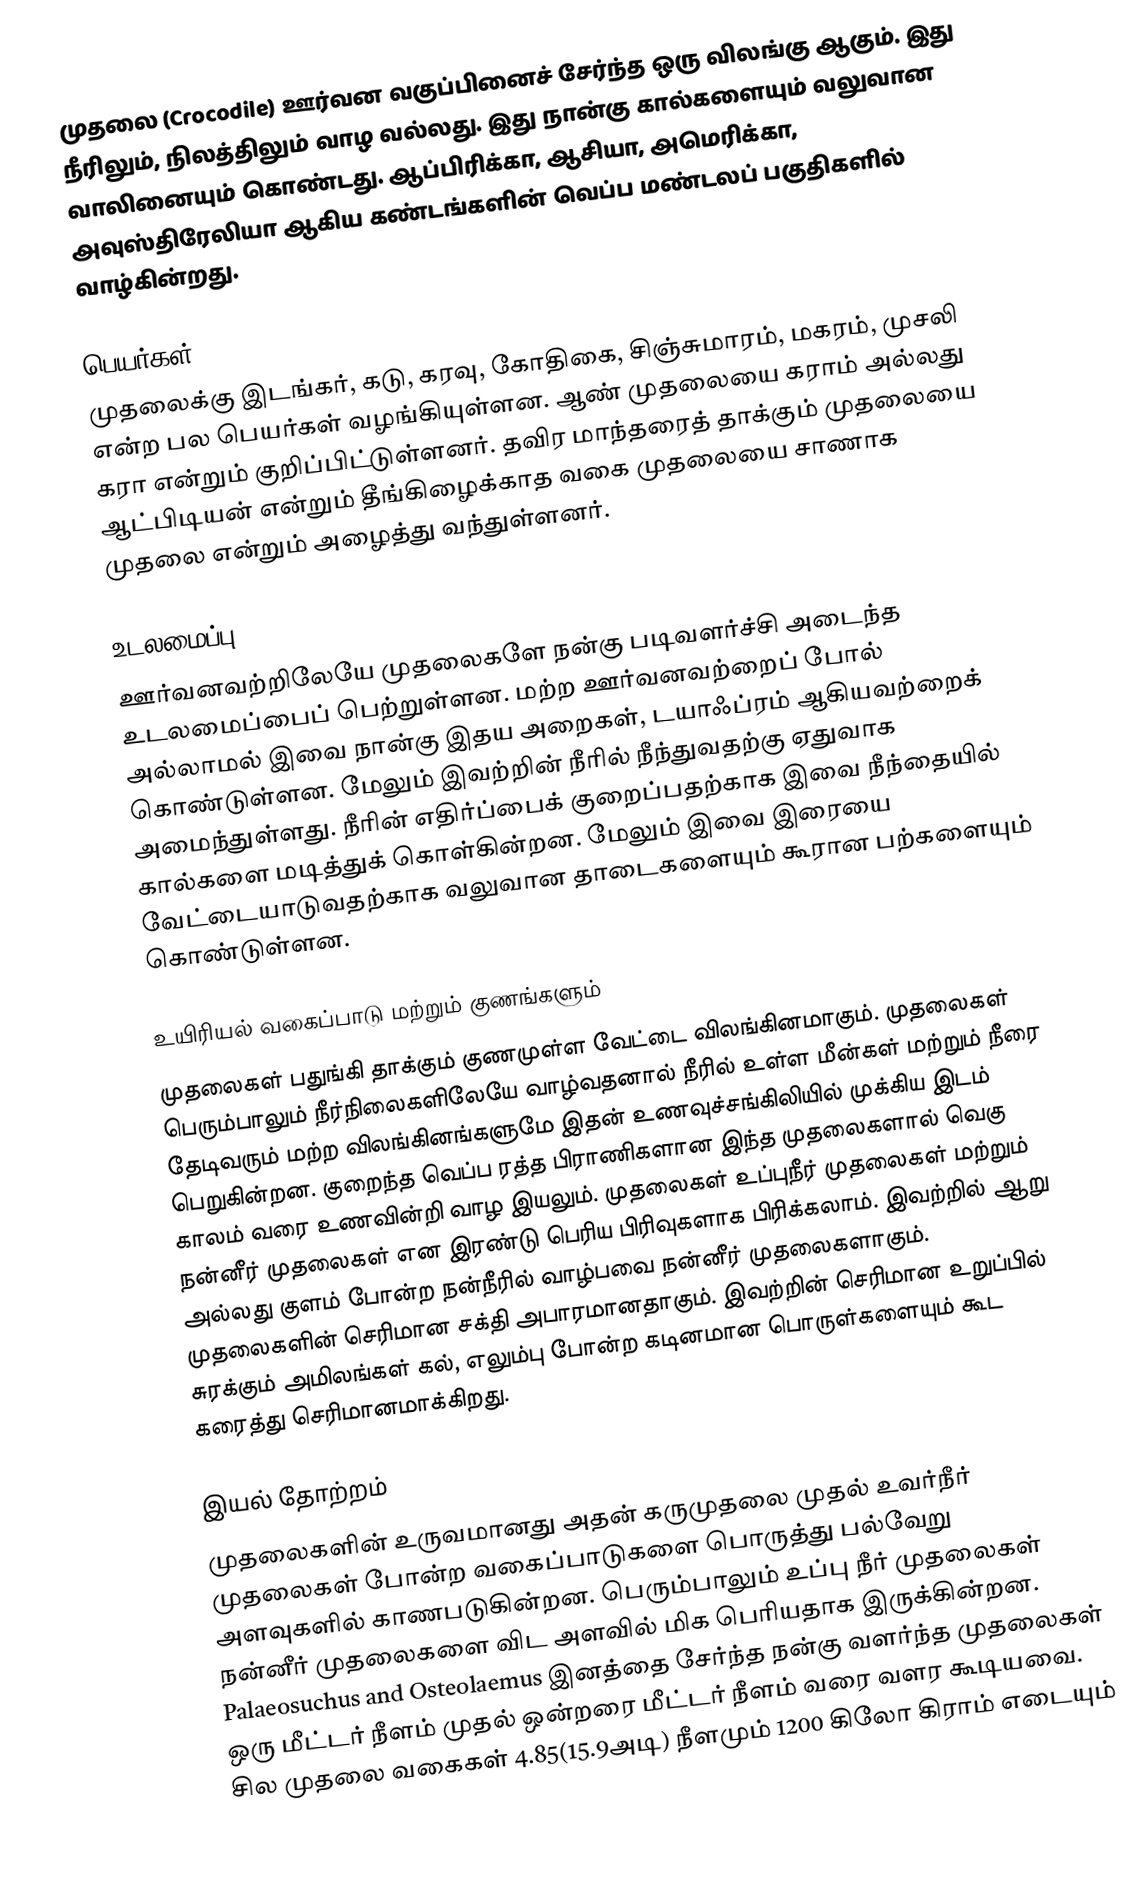
முதலை (Crocodile) ஊர்வன வகுப்பினைச் சேர்ந்த ஒரு விலங்கு ஆகும். இது நீரிலும், நிலத்திலும் வாழ வல்லது. இது நான்கு கால்களையும் வலுவான வாலினையும் கொண்டது. ஆப்பிரிக்கா, ஆசியா, அமெரிக்கா, அவுஸ்திரேலியா ஆகிய கண்டங்களின் வெப்ப மண்டலப் பகுதிகளில் வாழ்கின்றது.

பெயர்கள்
முதலைக்கு இடங்கர், கடு, கரவு, கோதிகை, சிஞ்சுமாரம், மகரம், முசலி என்ற பல பெயர்கள் வழங்கியுள்ளன. ஆண் முதலையை கராம் அல்லது கரா என்றும் குறிப்பிட்டுள்ளனர். தவிர மாந்தரைத் தாக்கும் முதலையை ஆட்பிடியன் என்றும் தீங்கிழைக்காத வகை முதலையை சாணாக முதலை என்றும் அழைத்து வந்துள்ளனர்.

உடலமைப்பு
ஊர்வனவற்றிலேயே முதலைகளே நன்கு படிவளர்ச்சி அடைந்த உடலமைப்பைப் பெற்றுள்ளன. மற்ற ஊர்வனவற்றைப் போல் அல்லாமல் இவை நான்கு இதய அறைகள், டயாஃப்ரம் ஆகியவற்றைக் கொண்டுள்ளன. மேலும் இவற்றின் நீரில் நீந்துவதற்கு ஏதுவாக அமைந்துள்ளது. நீரின் எதிர்ப்பைக் குறைப்பதற்காக இவை நீந்தையில் கால்களை மடித்துக் கொள்கின்றன. மேலும் இவை இரையை வேட்டையாடுவதற்காக வலுவான தாடைகளையும் கூரான பற்களையும் கொண்டுள்ளன.

உயிரியல் வகைப்பாடு மற்றும் குணங்களும்
முதலைகள் பதுங்கி தாக்கும் குணமுள்ள வேட்டை விலங்கினமாகும். முதலைகள் பெரும்பாலும் நீர்நிலைகளிலேயே வாழ்வதனால் நீரில் உள்ள மீன்கள் மற்றும் நீரை தேடிவரும் மற்ற விலங்கினங்களுமே இதன் உணவுச்சங்கிலியில் முக்கிய இடம் பெறுகின்றன. குறைந்த வெப்ப ரத்த பிராணிகளான இந்த முதலைகளால் வெகு காலம் வரை உணவின்றி வாழ இயலும். முதலைகள் உப்புநீர் முதலைகள் மற்றும் நன்னீர் முதலைகள் என இரண்டு பெரிய பிரிவுகளாக பிரிக்கலாம். இவற்றில் ஆறு அல்லது குளம் போன்ற நன்நீரில் வாழ்பவை நன்னீர் முதலைகளாகும். முதலைகளின் செரிமான சக்தி அபாரமானதாகும். இவற்றின் செரிமான உறுப்பில் சுரக்கும் அமிலங்கள் கல், எலும்பு போன்ற கடினமான பொருள்களையும் கூட கரைத்து செரிமானமாக்கிறது.

இயல் தோற்றம்
முதலைகளின் உருவமானது அதன் கருமுதலை முதல் உவர்நீர் முதலைகள் போன்ற வகைப்பாடுகளை பொருத்து பல்வேறு அளவுகளில் காணபடுகின்றன. பெரும்பாலும் உப்பு நீர் முதலைகள் நன்னீர் முதலைகளை விட அளவில் மிக பெரியதாக இருக்கின்றன. Palaeosuchus and Osteolaemus இனத்தை சேர்ந்த நன்கு வளர்ந்த முதலைகள் ஒரு மீட்டர் நீளம் முதல் ஒன்றரை மீட்டர் நீளம் வரை வளர கூடியவை. சில முதலை வகைகள் 4.85(15.9அடி) நீளமும் 1200 கிலோ கிராம் எடையும்